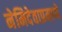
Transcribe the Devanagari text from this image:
नेमिदेवाप्रमाणे